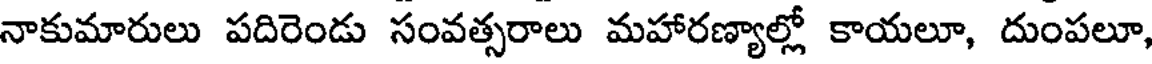
నాకుమారులు పదిరెండు సంవత్సరాలు మహారణ్యాల్లో కాయలూ, దుంపలూ,